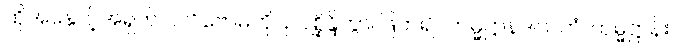
ထိုအနှောင့်အရှက် ပလိဗောဓကို။ ဥပစ္ဆိန္ဒိတွာ၊ ဖြတ်၍။ ကမ္မဋ္ဌာနဒါယကံ၊ ကမ္မဋ္ဌာန်း